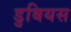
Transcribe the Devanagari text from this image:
डुबियस